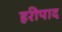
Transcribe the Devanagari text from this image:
हरीपाद